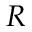
R